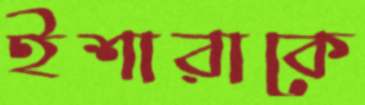
ইশারাকে